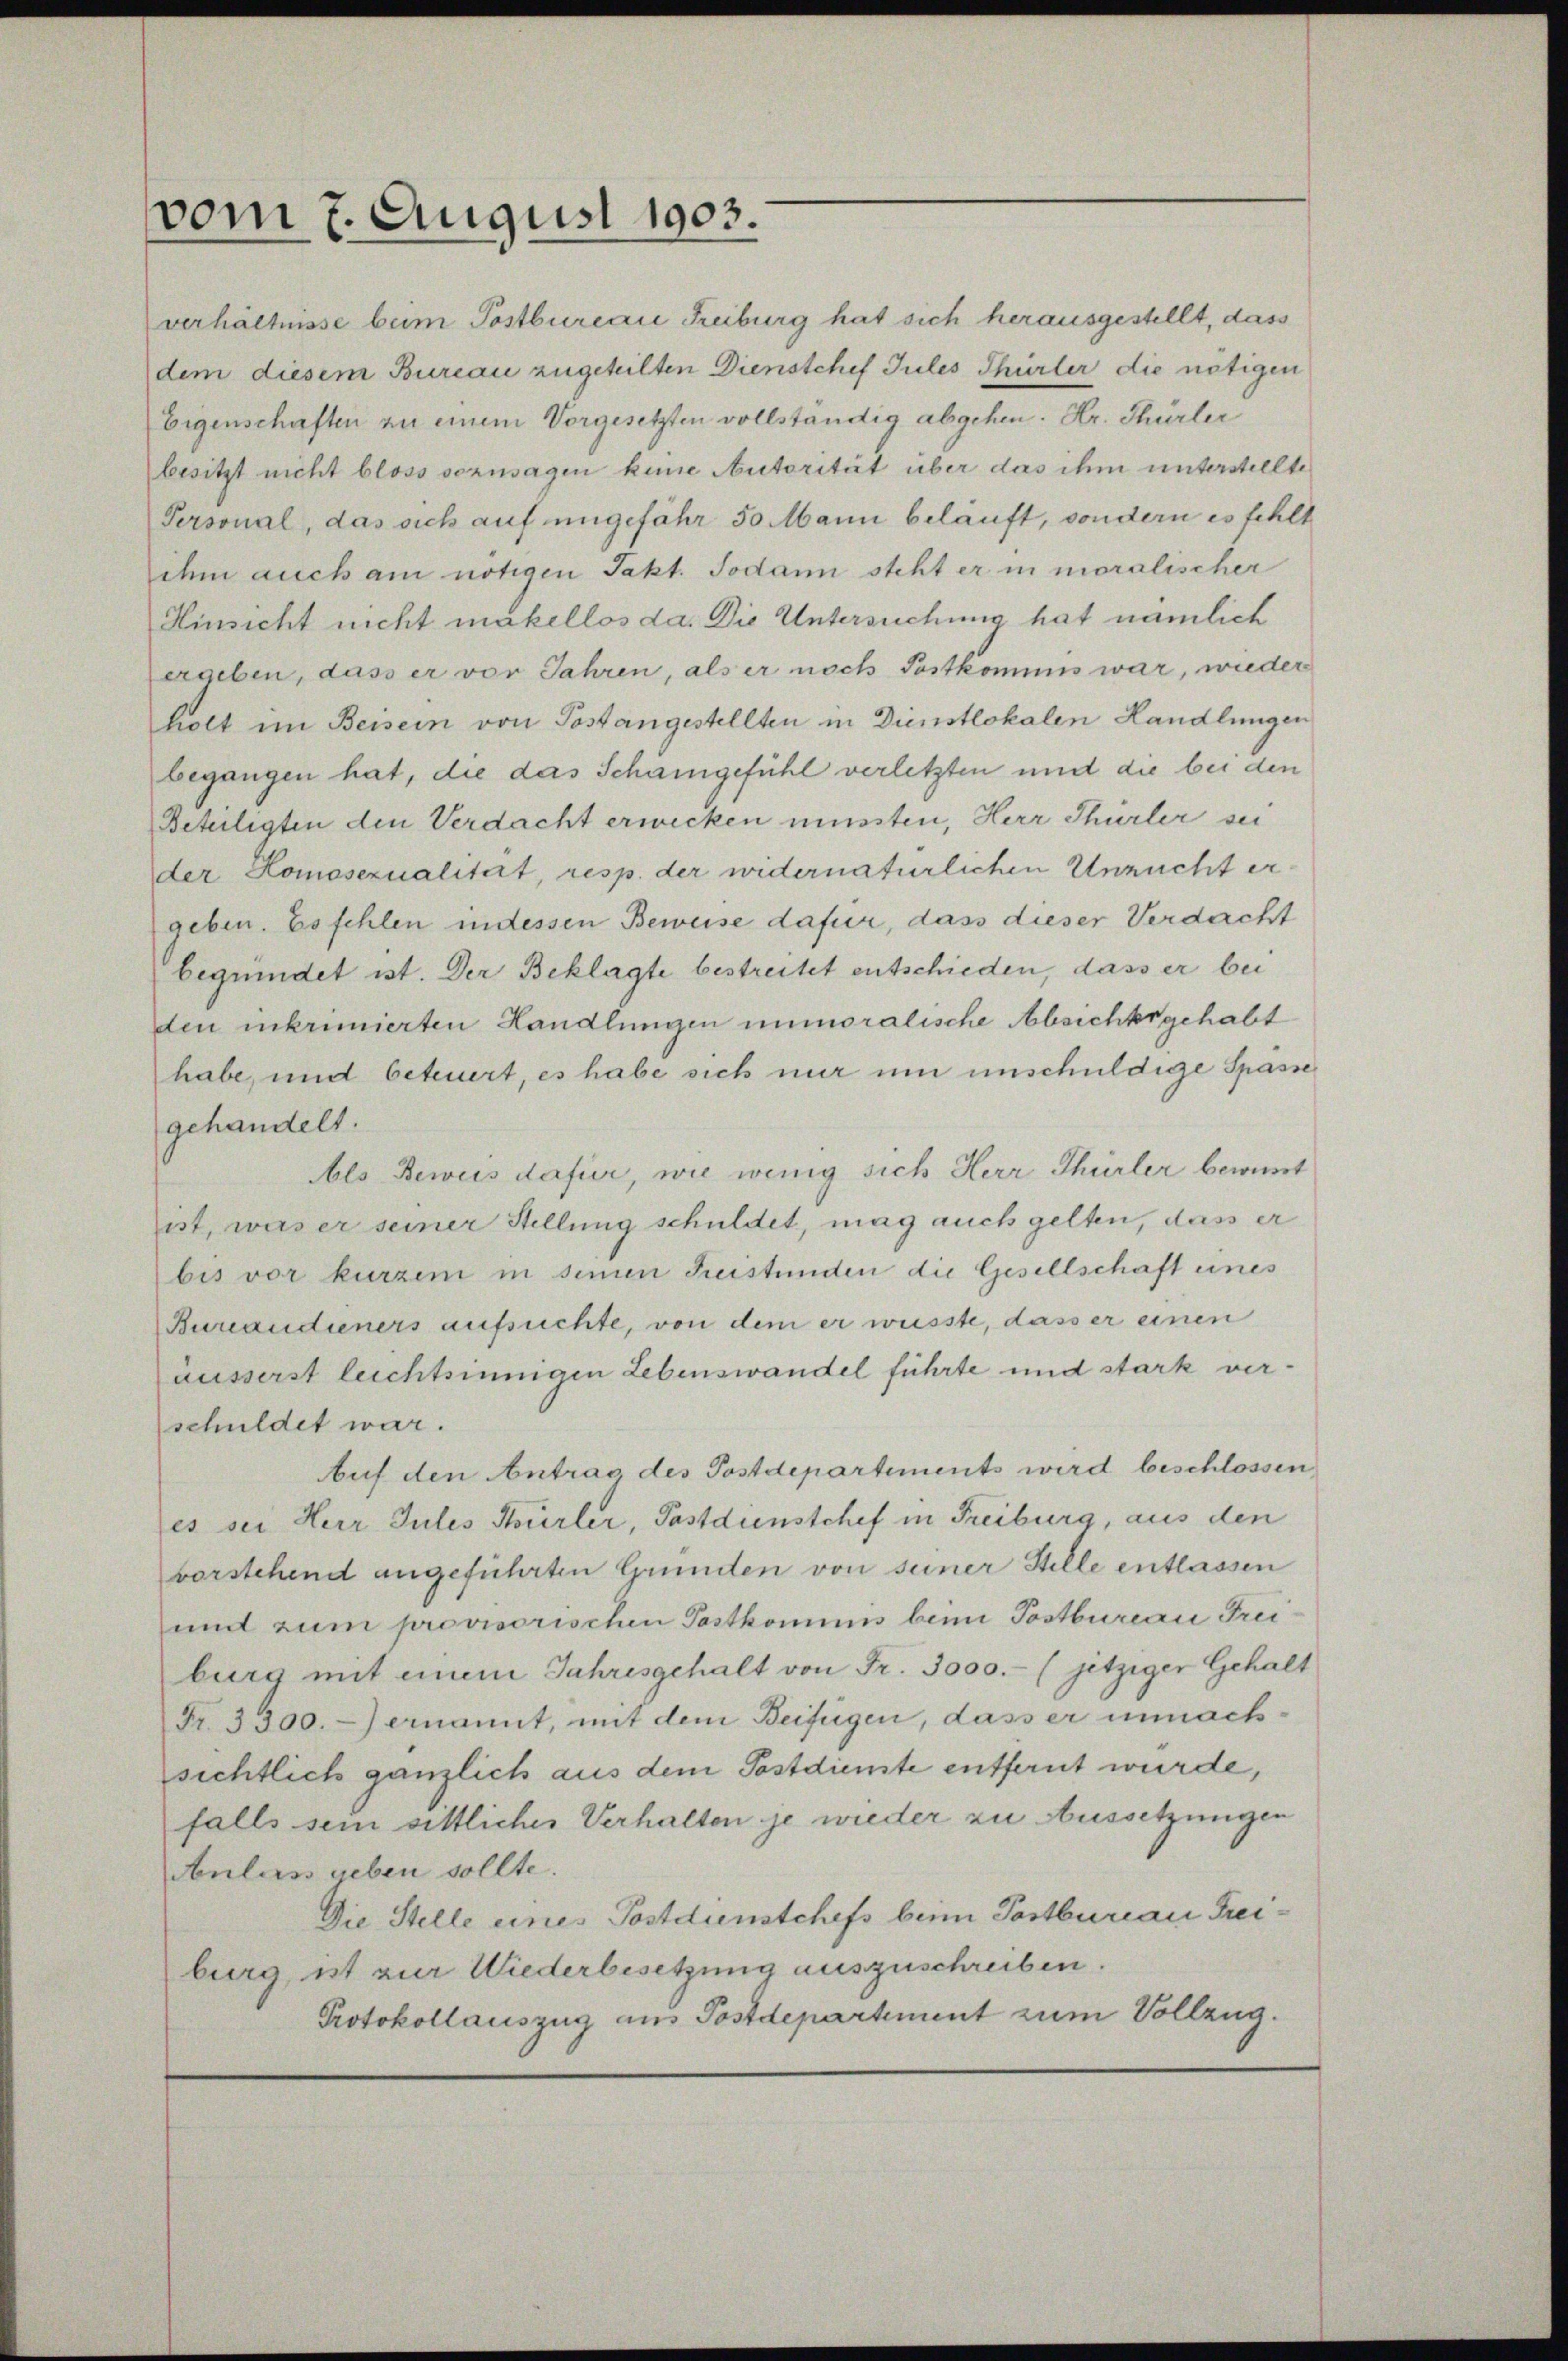
vom 7. August 1903.

verhältnisse beim Postbureau Freiburg hat sich herausgestellt, dass
dem diesem Bureau zugeteilten Dienstchef Tules Spürler die nötigen
Eigenschaften zu einem Vorgesetzten vollständig abgehen. Hr. Thürler
besitzt nicht bloss sozusagen kene Autorität über das ihm unterstellte
Personal, das sich auf ungefähr 50 Mann beläuft, sondern es fehlt
ihm auch am nötigen Takt. Sodann steht er in moralischer
Hinsicht nicht makellos da. Die Untersuchung hat nämlich
ergeben, dass er vor Jahren, als er noch Postkommis war, wieder
holt im Beisein von Postangestellten in Dienstlokalen Handlungen
begangen hat, die das Schamgefühl verletzten und die bei den
Beteiligten den Verdacht erwecken müssten, Herr Thürler sei
der Homosezualität, resp. der widernatürlichen Unzucht er
geben. Es fehlen indessen Beweise dafür, dass dieser Verdacht
begründet ist. Der Beklagte bestreitet entschieden, dass er bei
den inkrimierten Handlungen unmoralische Absichtsgehabt
habe, und beteuert, es habe sich nur um unschuldige Spasse
gehandelt.
Als Beweis dafür, wie wenig sich Herr Thürler bewinnt
ist, was er seiner Stellung schuldet, mag auch gelten, dass er
bis vor kurzem in seinen Freistunden die Gesellschaft eines
Bureaudiners aufsuchte, von dem er wusste, dass er einen
äusserst leichtsinnigen Lebenswandel führte und stark verschuldet war.
Auf den Antrag des Postdepartements wird beschlossen,
es sei Herr Jules Stürler, Pastdienstchef in Freiburg, aus den
vorstehend angeführten Gründen von seiner Stelle entlassen
und zum provisorischen Postkommnis beim Postbureau Frei
burg mit einem Jahresgehalt von Fr. 3000.- (jetziger Gehalt
Fr. 3300.-) ernannt, mit dem Beifügen, dass er unnachsichtlich gänzlich aus dem Postdienste entfernt wurde,
falls sein sittliches Verhalten je wieder zu Aussetzungen
Anlass geben sollte.
Die Stelle eines Postdienstchefs beim Pastbureau Freiburg, ist zur Wiederbesetzung auszuschreiben.
Protokollauszug aus Postdepartement zum Vollzug.